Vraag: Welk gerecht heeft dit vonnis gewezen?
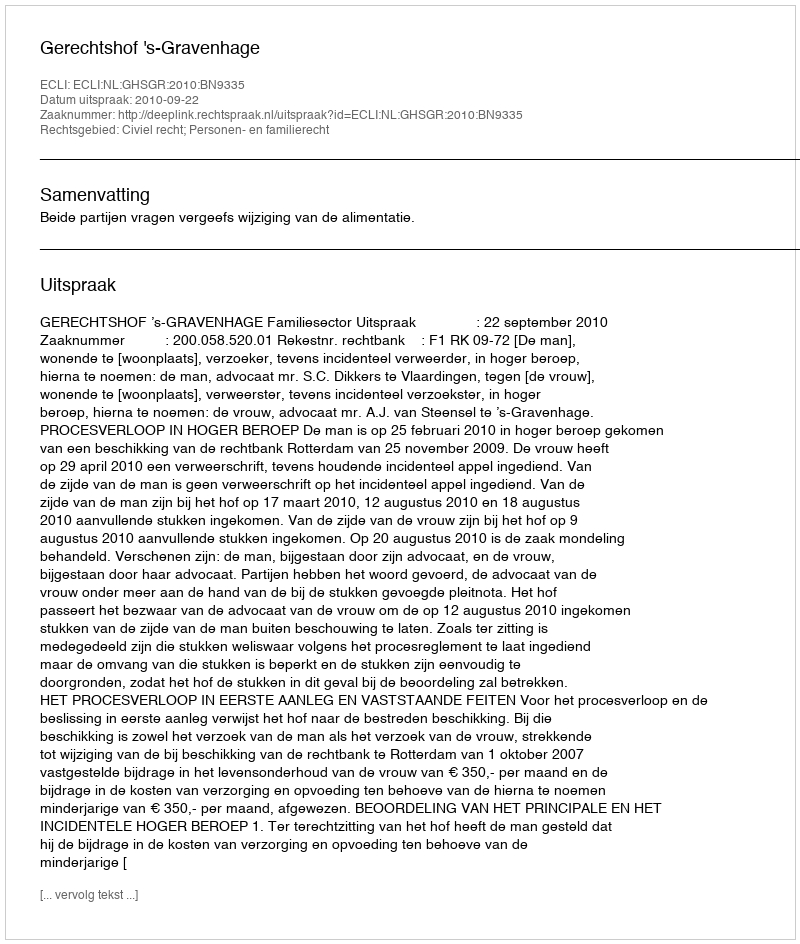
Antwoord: Gerechtshof 's-Gravenhage